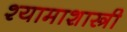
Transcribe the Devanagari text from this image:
श्यामाशास्त्री